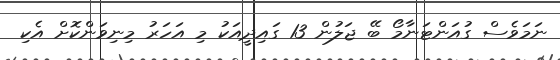
ނަމަވެސް ގުއަންޓަނާމޯ ބޭ ޖަލުން 13 ގައިދީއަކު މި އަހަރު މިނިވަންކޮށް އެކި